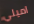
اميلي